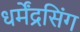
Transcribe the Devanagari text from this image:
धर्मेंद्रसिंग